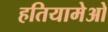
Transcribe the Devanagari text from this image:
हतियामेओ